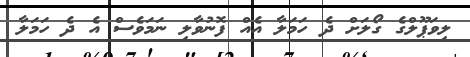
ލިވަޕޫލްގެ ގޯލަށް ދެ ހަމަލާ އެއް ފޮނުވާލި ނަމަވެސް އެ ދެ ހަމަލާ